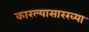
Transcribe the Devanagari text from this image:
कारल्यासारख्या